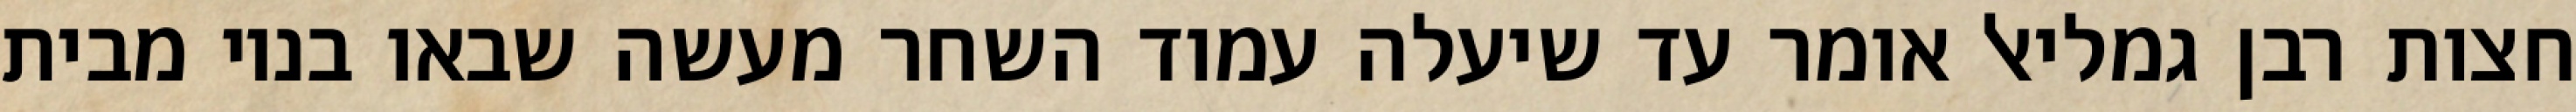
חצות רבן גמליאל אומר עד שיעלה עמוד השחר מעשה שבאו בניו מבית